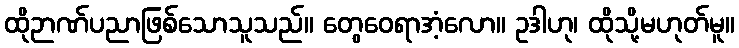
ထိုဉာဏ်ပညာဖြစ်သောသူသည်။ တွေဝေရာအံ့လော။ ဥဒါဟု၊ ထိုသို့မဟုတ်မူ။